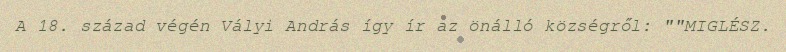
A 18. század végén Vályi András így ír az önálló községről: ""MIGLÉSZ.